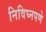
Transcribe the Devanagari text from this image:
निविघ्नपणे